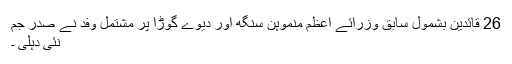
26 قائدین بشمول سابق وزرائے اعظم منموہن سنگھ اور دیوے گوڑا پر مشتمل وفد نے صدر جم
نئی دہلی ۔